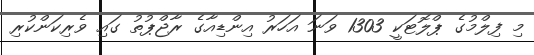
މި ފިލްމުގެ ޕްލޮޓަކީ 1303 ވަނަ އަހަރު އިންޑިއާގެ ރާޖްޕުތު ގައި ވެރިކަންކުރި